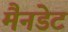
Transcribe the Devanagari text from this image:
मैनडेट